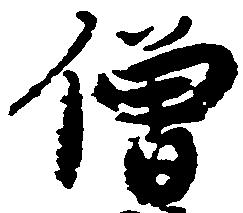
僧